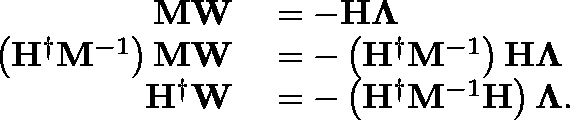
\begin{array} { r l } { \mathbf { M } \mathbf { W } } & { { } = - \mathbf { H } \mathbf { \Lambda } } \\ { \left( \mathbf { H } ^ { \dagger } \mathbf { M } ^ { - 1 } \right) \mathbf { M } \mathbf { W } } & { { } = - \left( \mathbf { H } ^ { \dagger } \mathbf { M } ^ { - 1 } \right) \mathbf { H } \mathbf { \Lambda } } \\ { \mathbf { H } ^ { \dagger } \mathbf { W } } & { { } = - \left( \mathbf { H } ^ { \dagger } \mathbf { M } ^ { - 1 } \mathbf { H } \right) \mathbf { \Lambda } . } \end{array}